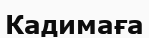
Кадимаға